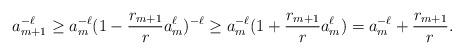
LaTeX: \begin{align*}a_{m+1} ^{-\ell}\geq a_m^{-\ell}(1-\frac{r_{m+1}}{r}a_m^\ell)^{-\ell} \geq a_m^{-\ell}(1+\frac{r_{m+1}}{r}a_m^\ell)=a_m^{-\ell}+\frac {r_{m+1}} r. \end{align*}